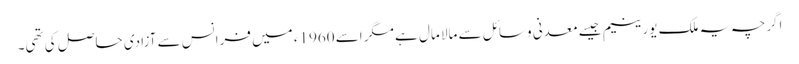
اگرچہ یہ ملک یورینیم جیسے معدنی وسائل سے مالا مال ہے مگر اسے 1960ء میں فرانس سے آزادی حاصل کی تھی۔